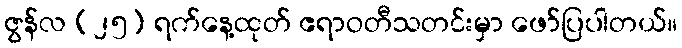
ဇွန်လ (၂၅) ရက်နေ့ထုတ် ဧရာဝတီသတင်းမှာ ဖော်ပြပါတယ်။